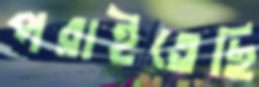
পরাইতেছি